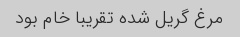
مرغ گریل شده تقریبا خام بود